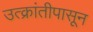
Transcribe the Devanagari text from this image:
उत्क्रांतीपासून